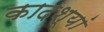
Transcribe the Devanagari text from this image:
कादश्यां